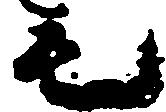
毛